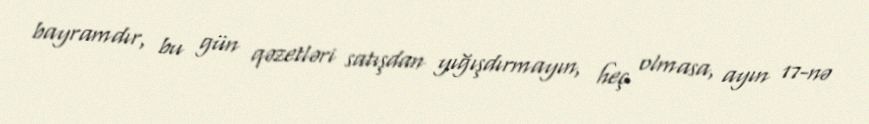
bayramdır, bu gün qəzetləri satışdan yığışdırmayın, heç olmasa, ayın 17-nə